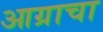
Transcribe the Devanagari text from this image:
आग्राचा